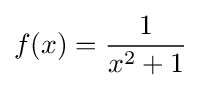
f(x)={\frac {1}{x^{2}+1}}